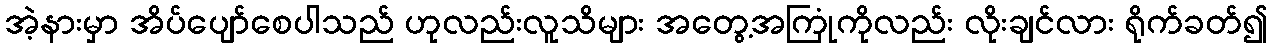
အဲ့နားမှာ အိပ်ပျော်စေပါသည် ဟုလည်းလူသိများ အတွေ့အကြုံကိုလည်း လိုးချင်လား ရိုက်ခတ်၍